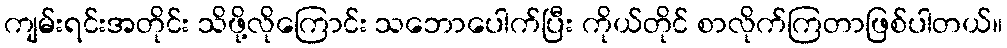
ကျမ်းရင်းအတိုင်း သိဖို့လိုကြောင်း သဘောပေါက်ပြီး ကိုယ်တိုင် စာလိုက်ကြတာဖြစ်ပါတယ်။